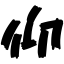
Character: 仰